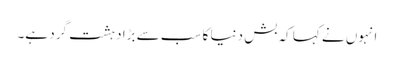
انہوں نے کہا کہ بش دنیا کا سب سے بڑا دہشت گرد ہے۔